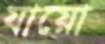
যায়ো